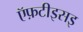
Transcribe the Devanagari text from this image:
ऍफ़टीइसइ